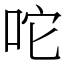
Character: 咜